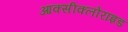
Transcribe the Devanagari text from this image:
आक्सीक्लोराइड